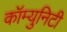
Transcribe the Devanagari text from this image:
कॉम्युनिटी